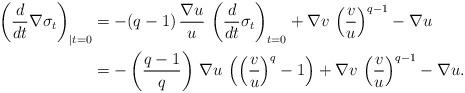
LaTeX: \begin{align*}\left(\frac{d}{dt} \nabla\sigma_t\right)_{|t=0}&=-(q-1)\, \frac{\nabla u}{u}\,\left(\frac{d}{dt} \sigma_t\right)_{t=0}+\nabla v\, \left(\frac{v}{u}\right)^{q-1}-\nabla u\\&=-\left(\frac{q-1}{q}\right)\, \nabla u\, \left(\left(\frac{v}{u}\right)^q-1\right)+\nabla v\, \left(\frac{v}{u}\right)^{q-1}-\nabla u.\end{align*}